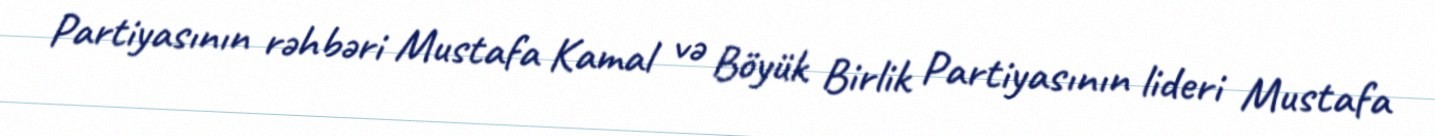
Partiyasının rəhbəri Mustafa Kamal və Böyük Birlik Partiyasının lideri Mustafa